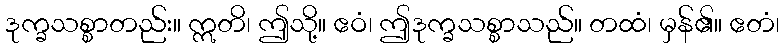
ဒုက္ခသစ္စာတည်း။ ဣတိ၊ ဤသို့။ ဧဝံ၊ ဤဒုက္ခသစ္စာသည်။ တထံ၊ မှန်၏။ ဧတံ၊